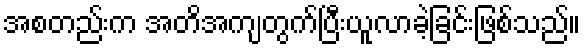
အစတည်းက အတိအကျတွက်ပြီးယူလာခဲ့ခြင်းဖြစ်သည်။